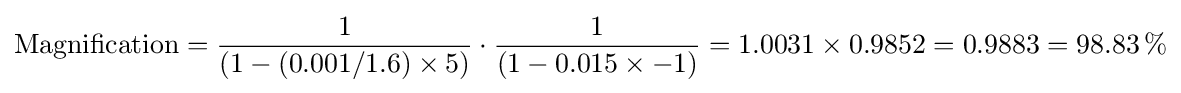
{\textrm {Magnification}}={\frac {1}{(1-(0.001/1.6)\times 5)}}\cdot {\frac {1}{(1-0.015\times -1)}}=1.0031\times 0.9852=0.9883=98.83\,\%